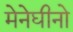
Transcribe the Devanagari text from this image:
मेनेघीनो